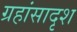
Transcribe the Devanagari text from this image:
ग्रहांसादृश